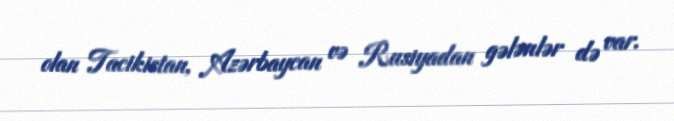
olan Tacikistan, Azərbaycan və Rusiyadan gələnlər də var.